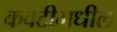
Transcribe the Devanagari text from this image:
कवटीमधील